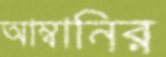
আম্বানির